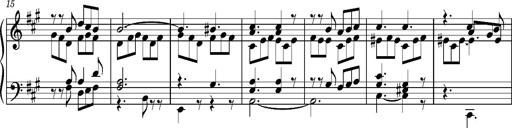
Title: PriÃ¨re d'un enfant Ã  son rÃ©veil
Composer: Franz Liszt
Key: A major